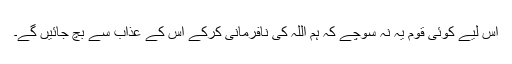
اس لیے کوئی قوم یہ نہ سوچے کہ ہم اللہ کی نافرمانی کرکے اس کے عذاب سے بچ جائیں گے۔